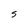
Character: S